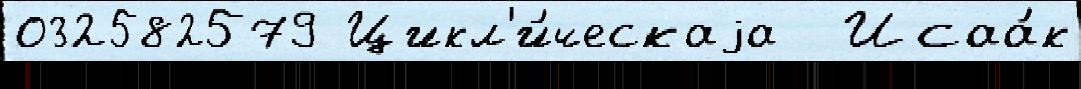
032582579 Цикл'и́ческаjа  Исаа́к